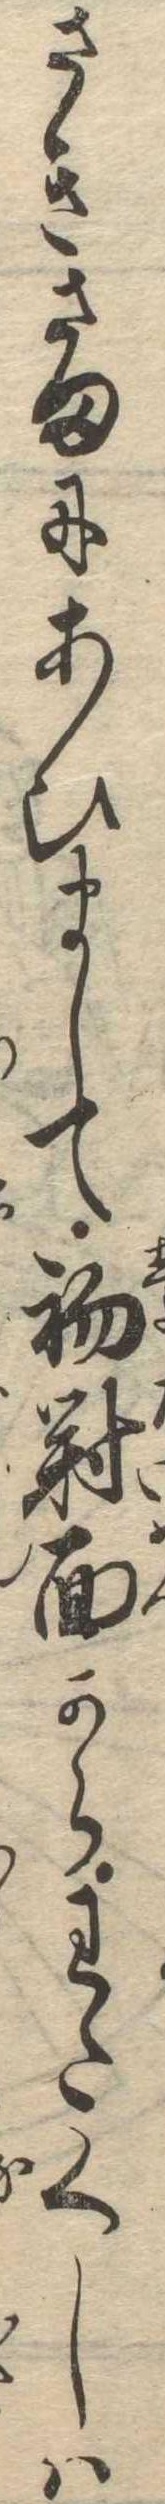
さきさまにあひまして初対面からわたくしは